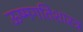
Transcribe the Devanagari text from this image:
ऊष्मगतिशास्त्र